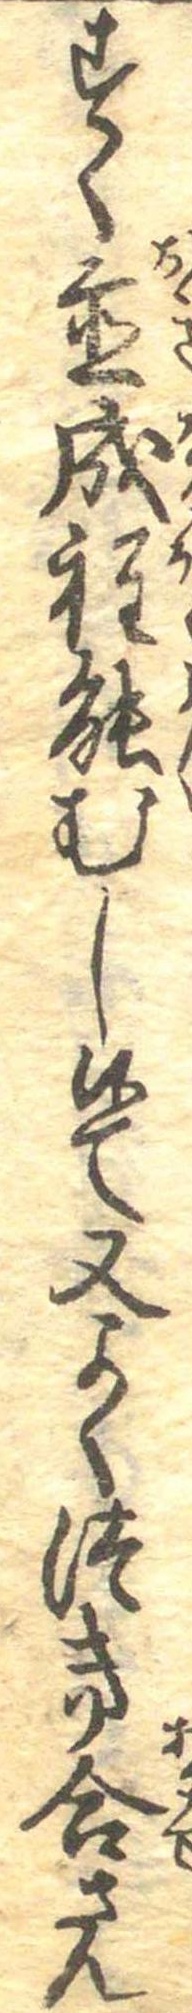
すく置成程能むし候て又よくつき合さん